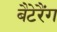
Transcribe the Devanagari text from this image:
बैटेरैंग